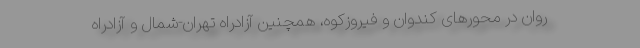
روان در محورهای کندوان و فیروزکوه، همچنین آزادراه تهران-شمال و آزادراه